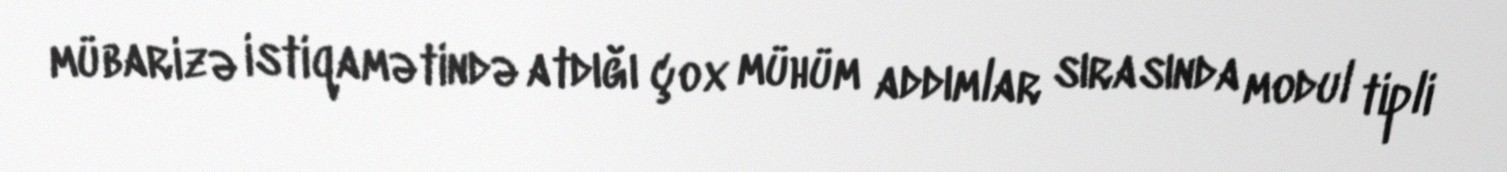
mübarizə istiqamətində atdığı çox mühüm addımlar sırasında modul tipli